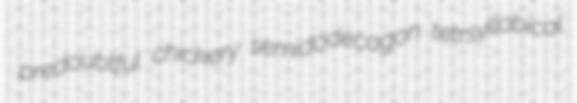
predoubtful chickery semidodecagon tetrsyllabical